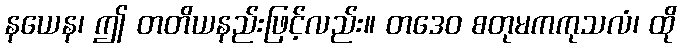
နယေန၊ ဤ တတိယနည်းဖြင့်လည်း။ တဒေဝ စတုမကကုသလံ၊ ထို